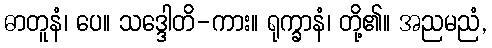
ဓာတူနံ၊ ပေ။ သဒ္ဒေါတိ-ကား။ ရုက္ခာနံ၊ တို့၏။ အညမညံ,